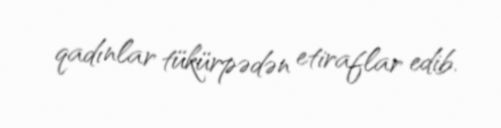
qadınlar tükürpədən etiraflar edib.